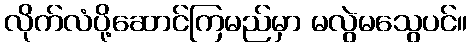
လိုက်လံပို့ဆောင်ကြမည်မှာ မလွဲမသွေပင်။